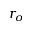
r _ { o }